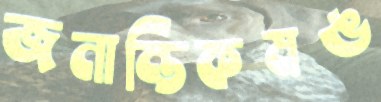
জনান্তিকমঙ